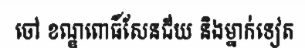
ចៅ ខណ្ឌពោធិ៍សែនជ័យ និងម្នាក់ទៀត